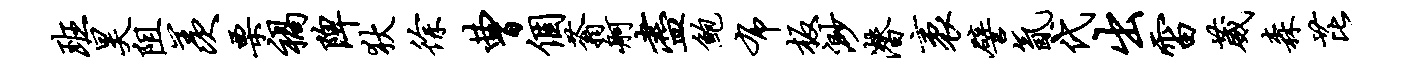
班昊阻羡栗祸陴狄徐曹个蓊舸尽鲍布板渺潜袤譬氤代出雷葳森芘